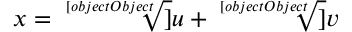
x = { \sqrt [ [object Object] ] { u } } + { \sqrt [ [object Object] ] { v } }